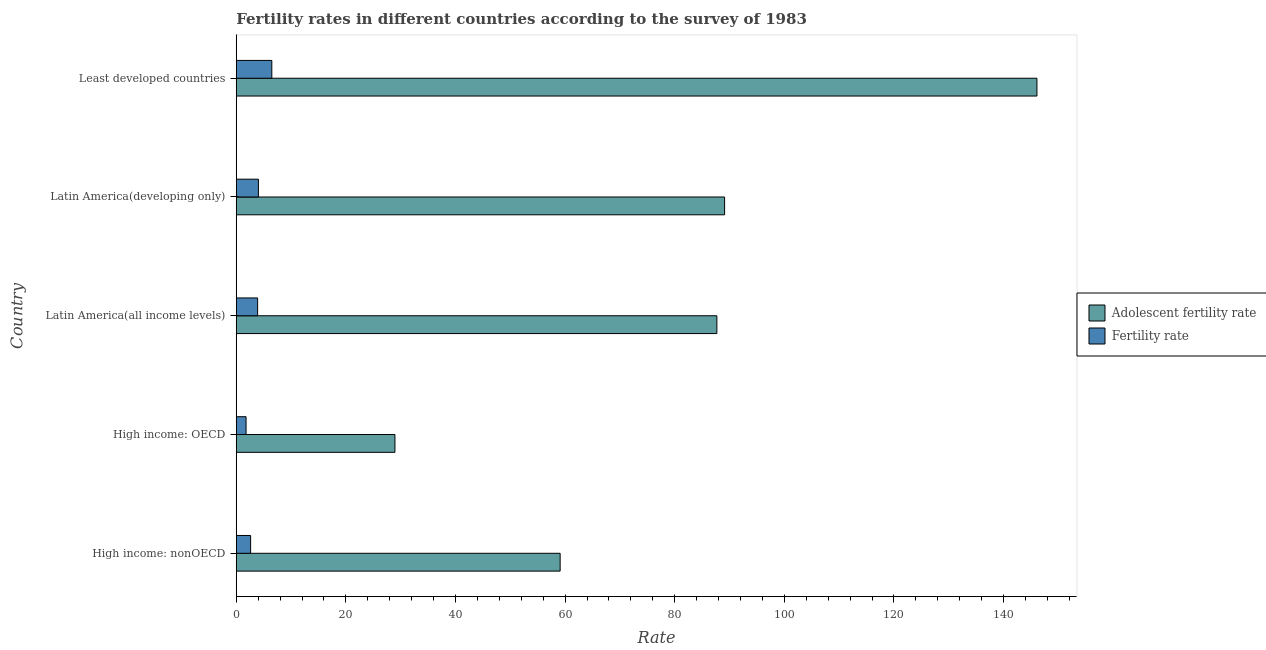
| Country | Adolescent fertility rate | Fertility rate |
 | --- | --- | --- |
 | High income: nonOECD | 59.1 | 2.62 |
 | High income: OECD | 29 | 1.79 |
 | Latin America(all income levels) | 87.7 | 3.9 |
 | Latin America(developing only) | 89.1 | 4.04 |
 | Least developed countries | 146 | 6.49 |